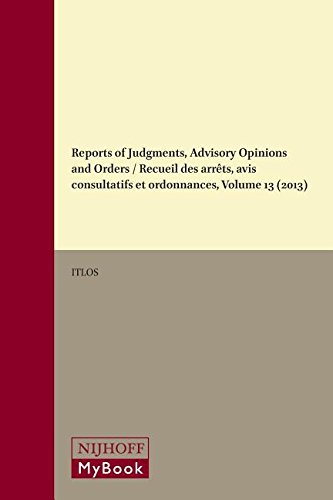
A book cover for Reports of Judgments, Advisory Opinions and Orders / Recueil Des Arrets, Avis Consultatifs Et Ordonnances, Volume 13 (2013); Law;